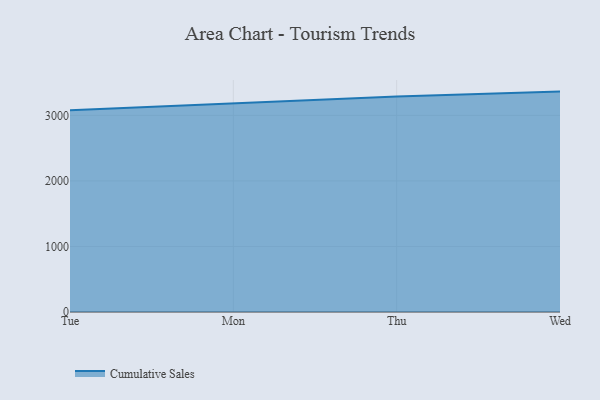
{"axis": {"x": "Day", "y": "Market Share (%)"}, "legend": ["Cumulative Sales"], "data": [{"x": "Tue", "y": 3078.6, "type": "Cumulative Sales"}, {"x": "Mon", "y": 3183.0, "type": "Cumulative Sales"}, {"x": "Thu", "y": 3288.9, "type": "Cumulative Sales"}, {"x": "Wed", "y": 3363.0, "type": "Cumulative Sales"}]}